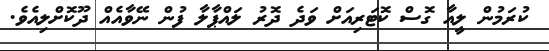
ކުރަމުން ލީއާ ގޮސް ކޮޓަރިއަށް ވަދެ ދޮރު ލައްޕާލާ ފުން ނޭވާއެއް ދޫކޮށްލިއެވެ.